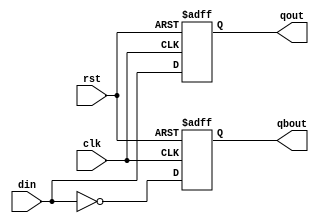
/*--  *******************************************************
--  Computer Architecture Course, Laboratory Sources 
--  Amirkabir University of Technology (Tehran Polytechnic)
--  Department of Computer Engineering (CE-AUT)
--  https://ce[dot]aut[dot]ac[dot]ir
--  *******************************************************
--  All Rights reserved (C) 2019-2020
--  *******************************************************
--  Student ID  : 
--  Student Name: 
--  Student Mail: 
--  *******************************************************
--  Additional Comments:
--
--*/

/*-----------------------------------------------------------
---  Module Name: D Flip Flop
---  Description: Lab 09 Part 1
-----------------------------------------------------------*/
`timescale 1 ns/1 ns

module dflop_negedge (
	input rst ,
	input clk ,
	input din ,
	//instead of initialing f.ex q_out and the assigning qout to q_out
	// we can defind qout like below
	output reg qout ,
	output reg qbout
);
	
//	reg pout = 1'b0;
//	always @(pout, clk, rst, din) begin
//		if(rst == 1'b1) begin
//			qout = 1'b0;
//			qbout = 1'b1;
//			pout = 1'b0;
//		end
//		else begin
//			if(clk == 1'b0)
//				#5
//				pout = din;
//			else begin
//				#5
//				qout = pout;
//				qbout = ~ pout;
//			end
//		end
//	end

	always @ (negedge clk or posedge rst) begin
		if(rst == 1'b1) begin
			qout <= 1'b0;
			qbout <= 1'b1;
		end
		else begin
			#5
			qout <= din;
			qbout <= ~din;
		end
	end

endmodule